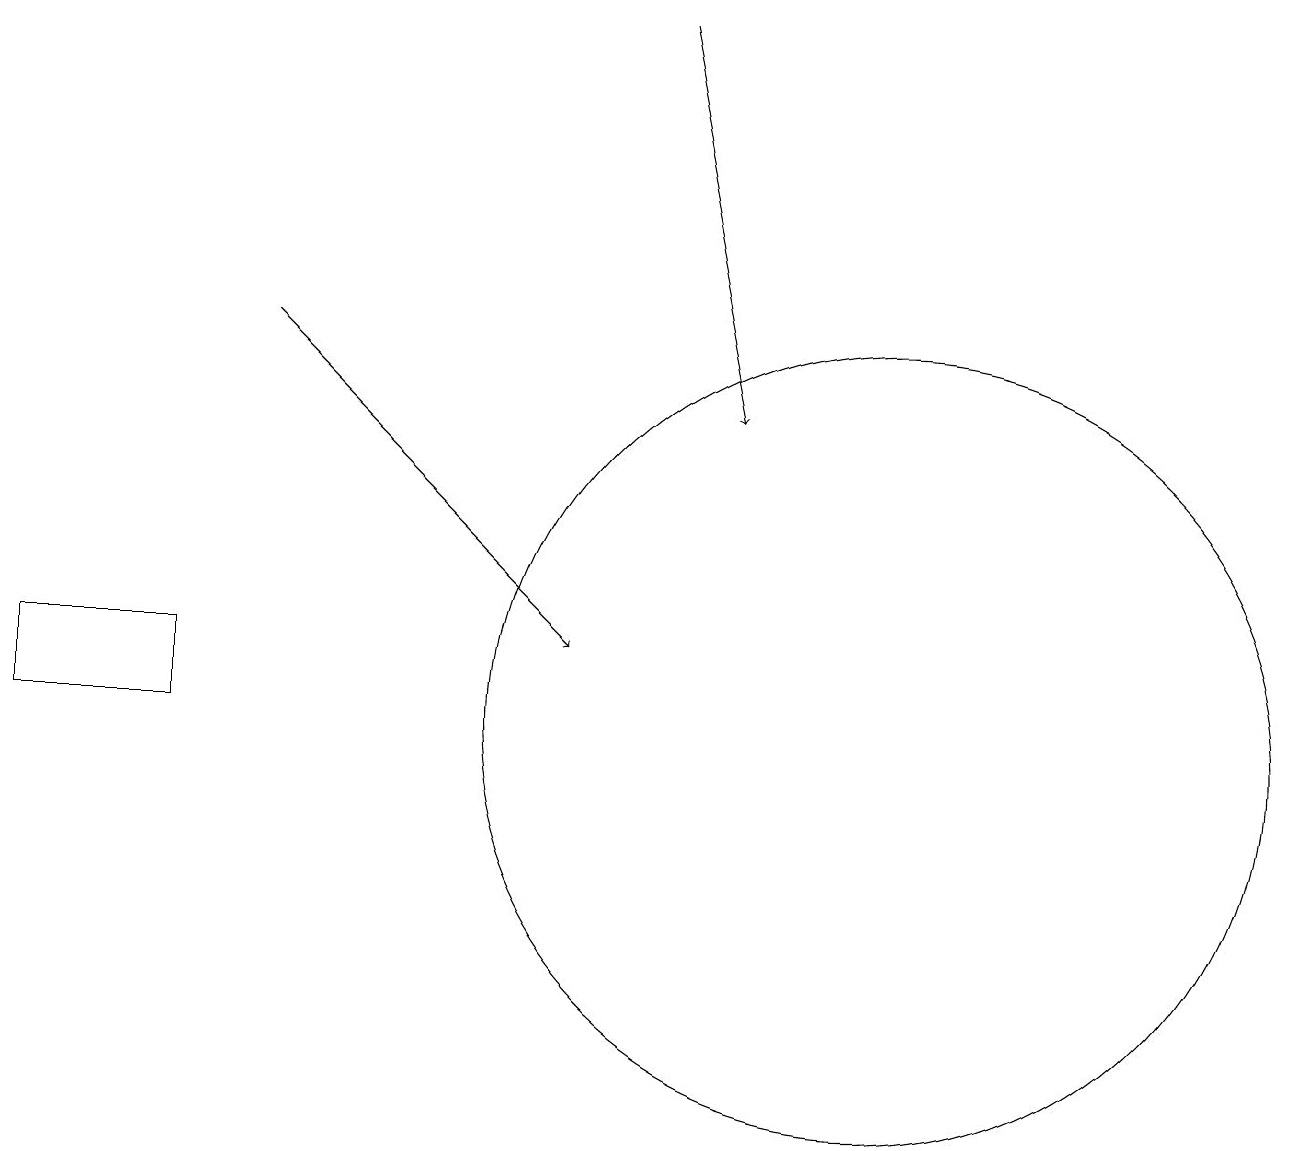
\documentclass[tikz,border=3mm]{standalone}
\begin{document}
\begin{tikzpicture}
\draw[->] (3,15) -- (7,11);
\draw (11,10) circle (5);
\draw[->] (8,19) -- (9,14);
\draw (2,11) rectangle (0,10);
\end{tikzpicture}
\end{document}